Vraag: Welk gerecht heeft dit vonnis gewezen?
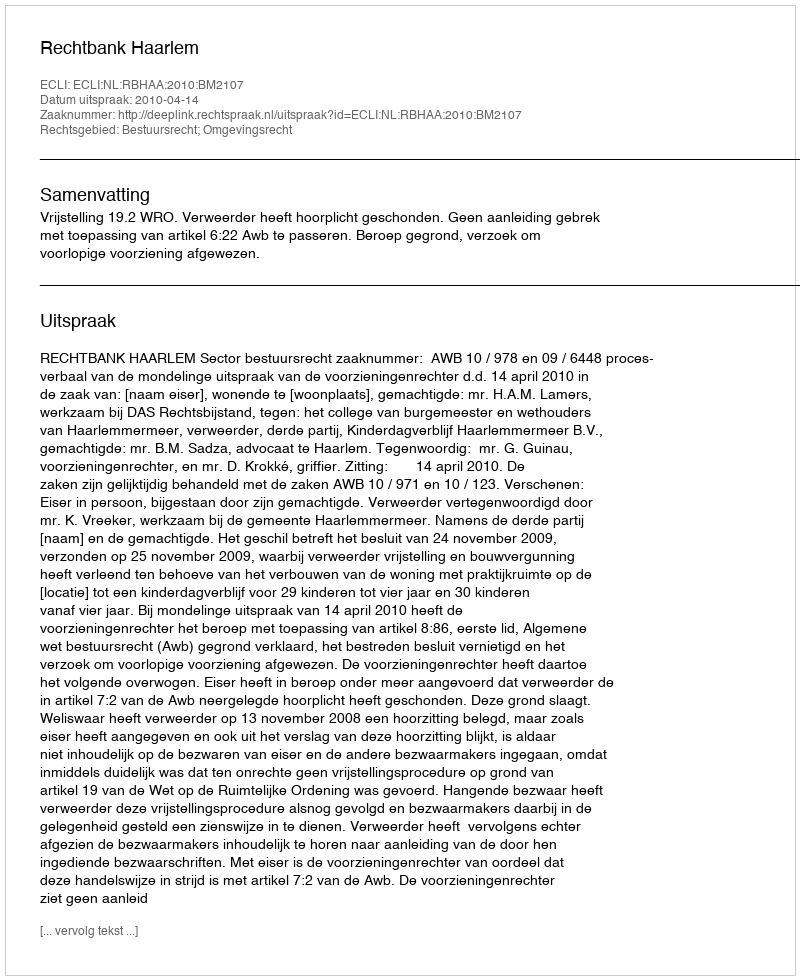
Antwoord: Rechtbank Haarlem